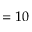
= 1 0